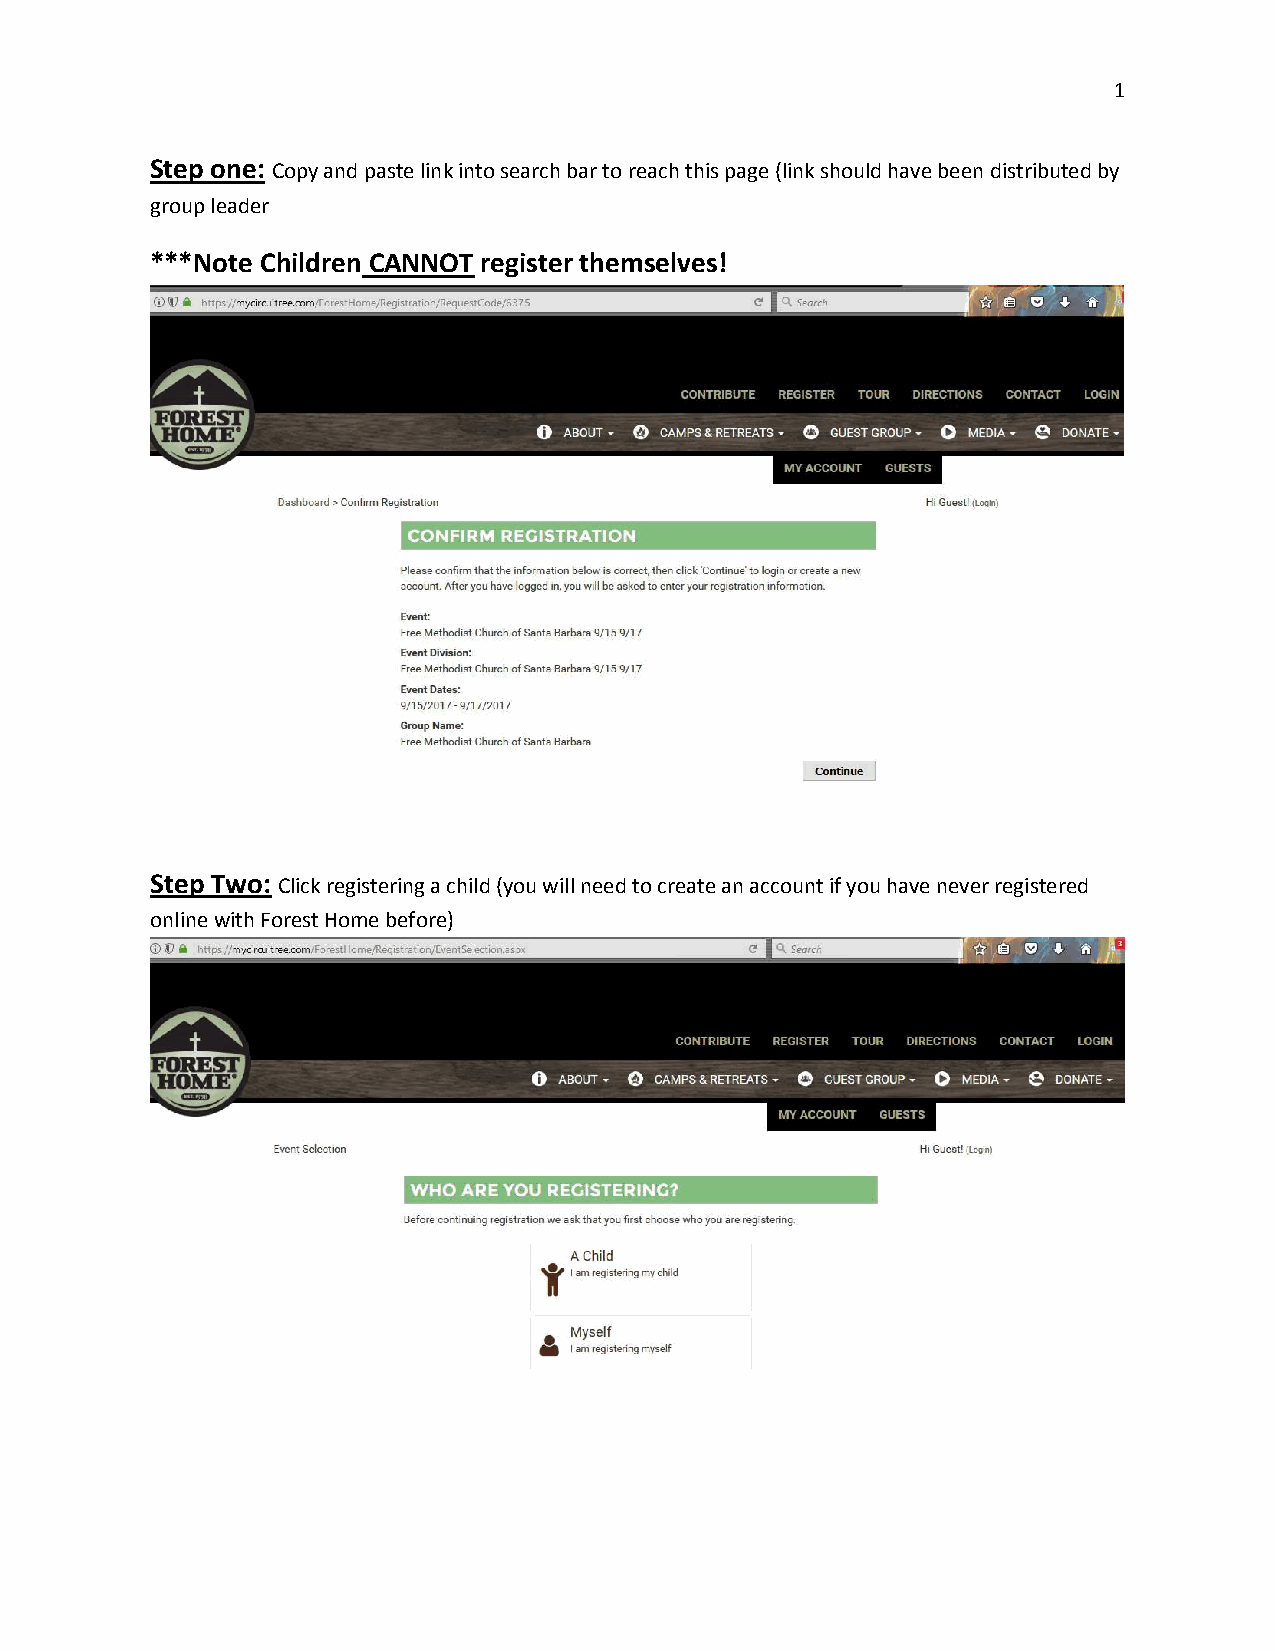
1
 Step one: Copy and paste link into search bar to reach this page (link should have been distributed by
 group leader
 ***Note Children CANNOT register themselves!
 Step Two: Click registering a child (you will need to create an account if you have never registered
 online with Forest Home before)